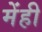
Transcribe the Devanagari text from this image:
मेंही